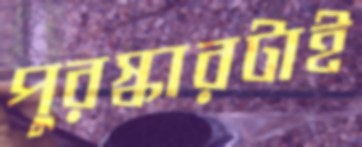
পুরস্কারটাই